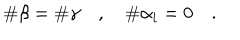
\# \beta = \# \gamma \quad , \quad \# \alpha _ { i } = 0 \quad .